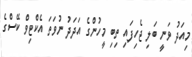
މިއަދު ވަނީ ބަލި ޖެހިފައި ތިބި މީހުންގެ އަދަދު ނުވަތަ އެކްޓިވް ކޭސްގެ